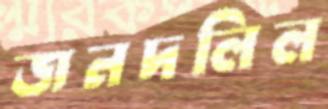
জনদলিল